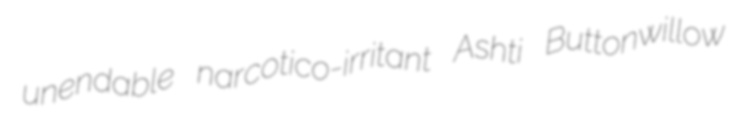
unendable narcotico-irritant Ashti Buttonwillow